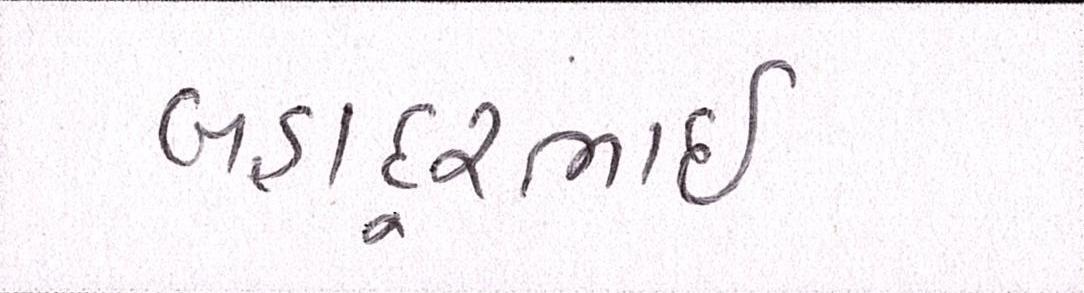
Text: બહાદૂરભાઇ